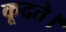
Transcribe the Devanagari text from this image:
कूदते।